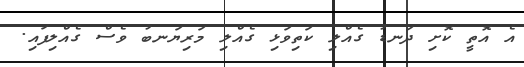
އެ އޮތީ ކޮށި ދަނޑު ގެއްލި ކަތިވަޅި ގެއްލި މަރިޔަނބު ވެސް ގެއްލިފައި.